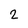
Character: 2